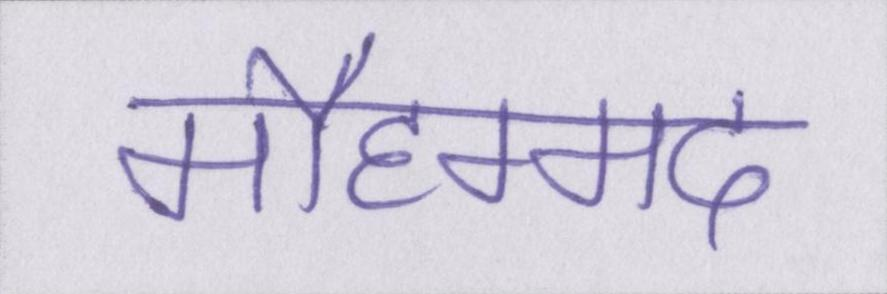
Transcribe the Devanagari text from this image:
मौहम्मद